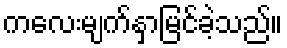
ကလေးမျက်နှာမြင်ခဲ့သည်။